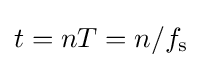
t=nT=n/f_{\mathrm {s} }